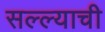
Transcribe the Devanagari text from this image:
सल्ल्याची